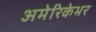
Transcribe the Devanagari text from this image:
अमेरिकेभर